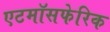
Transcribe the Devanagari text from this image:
एटमॉसफेरिक